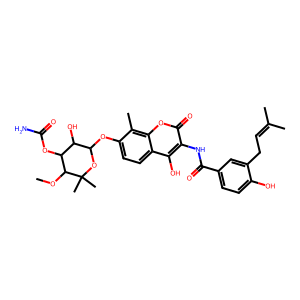
SMILES: COC1C(OC(N)=O)C(O)C(Oc2ccc3c(O)c(NC(=O)c4ccc(O)c(CC=C(C)C)c4)c(=O)oc3c2C)OC1(C)C
Inhibits HIV replication: No